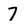
Character: 7